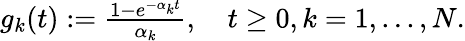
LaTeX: \begin{array}{r}{g_{k}(t):=\frac{1-e^{-\alpha_{k}t}}{\alpha_{k}},\quad t\geq 0,k=1,...,N.}\end{array}